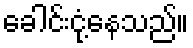
ခေါင်းငုံ့နေသည်။